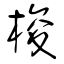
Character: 梭